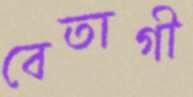
বেতাগী